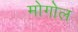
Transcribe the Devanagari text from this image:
मोगोल